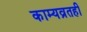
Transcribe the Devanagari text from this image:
काम्यव्रतही